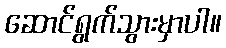
ဆောင်ရွက်သွားမှာပါ။